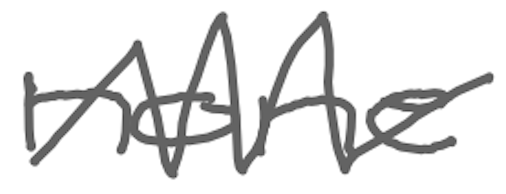
Text: none
Cross-out: zig-zag
Writing tool: digital_gray